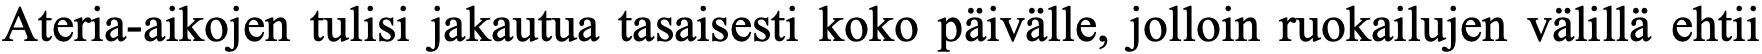
Ateria-aikojen tulisi jakautua tasaisesti koko päivälle, jolloin ruokailujen välillä ehtii